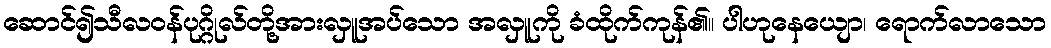
ဆောင်၍သီလဝန်ပုဂ္ဂိုလ်တို့အားလှူအပ်သော အလှူကို ခံထိုက်ကုန်၏။ ပါဟုနေယျော၊ ရောက်လာသော